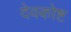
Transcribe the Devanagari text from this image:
देवकोष्ट